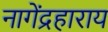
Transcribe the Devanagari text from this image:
नागेंद्रहाराय